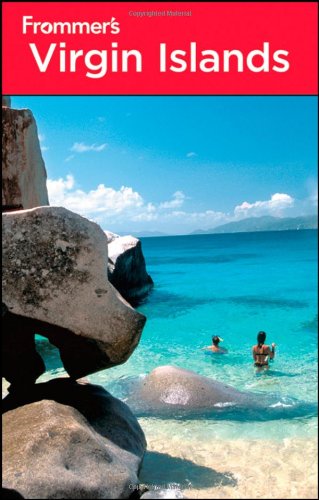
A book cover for Frommer's Virgin Islands (Frommer's Complete Guides); Darwin Porter; Travel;